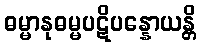
ဓမ္မာနုဓမ္မပဋိပန္နောယန္တိ